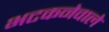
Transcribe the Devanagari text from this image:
भटकनेवाले